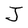
Character: J